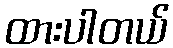
ထားပါတယ်